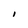
Character: l